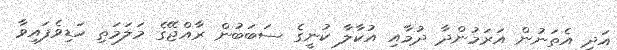
އަދި އެތަނުން އަރަމުންދާ ދުމާއި އުކާލާ ކުނީގެ ސަބަބުން ރާއްޖޭގެ މަލަމަތި ހަޑިވެފައިވާ